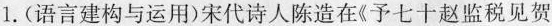
1.(语言建构与运用)宋代诗人陈造在《予七十赵监税见贺